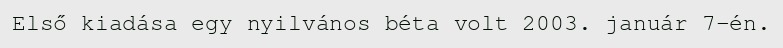
Első kiadása egy nyilvános béta volt 2003. január 7-én.